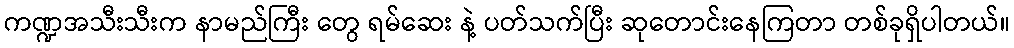
ကဏ္ဍအသီးသီးက နာမည်ကြီး တွေ ရမ်ဆေး နဲ့ ပတ်သက်ပြီး ဆုတောင်းနေကြတာ တစ်ခုရှိပါတယ်။